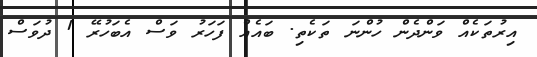
އިރުތަކެއް ވަންދެން ހުންނަ ތަކެތި. ބައެއް ފަހަރު ވަސް އެބަހުރޭ 1 ދުވަސް